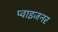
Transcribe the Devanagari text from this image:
प्वाइजनर